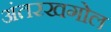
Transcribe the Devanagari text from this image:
अंतरखगोल